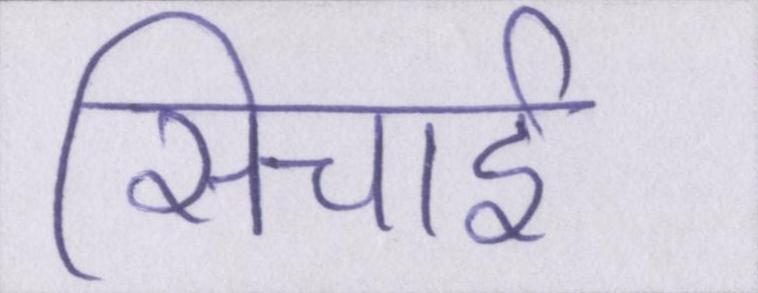
सिचाई